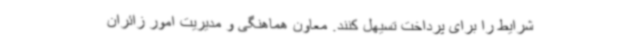
شرایط را برای پرداخت تسیهل کنند. معاون هماهنگی و مدیریت امور زائران